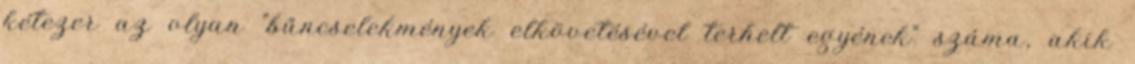
kétezer az olyan "bűncselekmények elkövetésével terhelt egyének" száma, akik